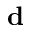
\mathbf { d }